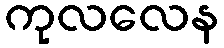
ကုလလေန